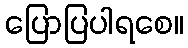
ပြောပြပါရစေ။